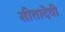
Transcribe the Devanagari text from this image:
सीतादेवी